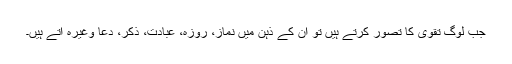
جب لوگ تقوی کا تصور کرتے ہیں تو ان کے ذہن میں نماز، روزہ، عبادت، ذکر، دعا وغیرہ آتے ہیں۔